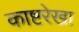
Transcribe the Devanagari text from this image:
काष्टरेखा